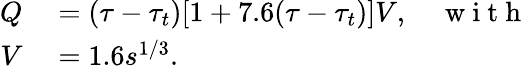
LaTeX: \begin{array}{rl}{Q}&{{}=(\tau-\tau_{t})[1+7.6(\tau-\tau_{t})]V,\quad\mathrm{~w~i~t~h~}}\\ {V}&{{}=1.6s^{1/3}.}\end{array}